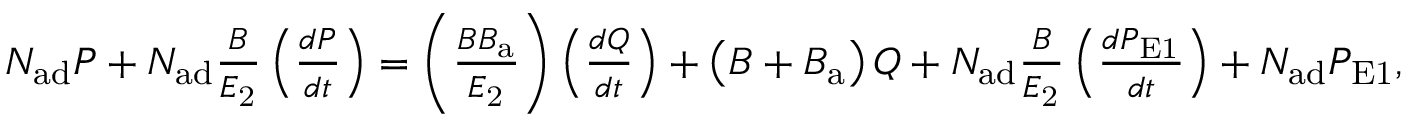
\begin{array} { r } { N _ { \mathrm { a d } } P + N _ { \mathrm { a d } } \frac { B } { E _ { \mathrm { 2 } } } \left( \frac { d P } { d t } \right) = \left( \frac { B B _ { \mathrm { a } } } { E _ { \mathrm { 2 } } } \right) \left( \frac { d Q } { d t } \right) + \left( B + B _ { \mathrm { a } } \right) Q + N _ { \mathrm { a d } } \frac { B } { E _ { \mathrm { 2 } } } \left( \frac { d P _ { \mathrm { E 1 } } } { d t } \right) + N _ { \mathrm { a d } } P _ { \mathrm { E 1 } } , } \end{array}